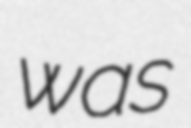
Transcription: was